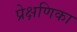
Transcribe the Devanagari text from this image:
प्रेक्षणिका